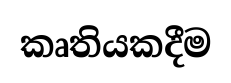
කෘතියකදීම